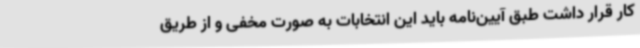
کار قرار داشت طبق آیین‌نامه باید این انتخابات به صورت مخفی و از طریق